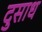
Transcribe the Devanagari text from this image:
दुसाध